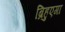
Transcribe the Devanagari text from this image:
ब्रिहुएगा